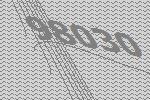
98030